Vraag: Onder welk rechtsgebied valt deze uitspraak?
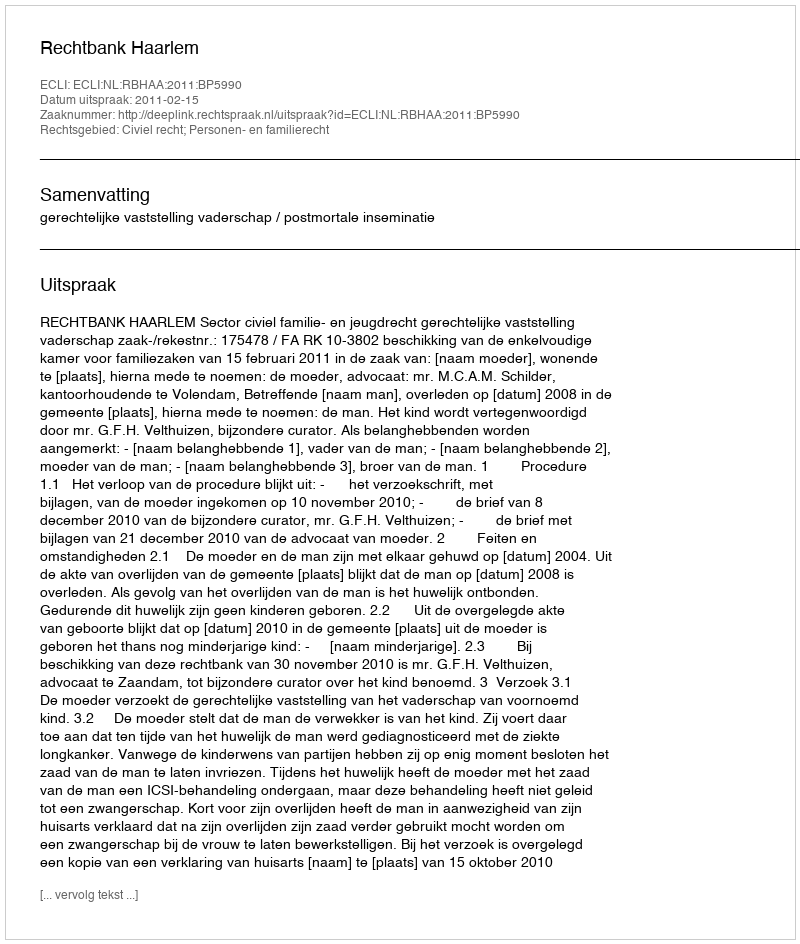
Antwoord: Civiel recht; Personen- en familierecht